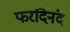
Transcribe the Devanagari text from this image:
फरदिनंद